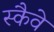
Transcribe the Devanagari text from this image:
स्कैवे